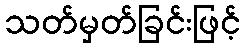
သတ်မှတ်ခြင်းဖြင့်